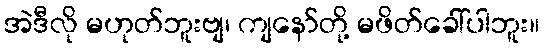
အဲဒီလို မဟုတ်ဘူးဗျ၊ ကျနော်တို့ မဖိတ်ခေါ်ပါဘူး။